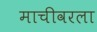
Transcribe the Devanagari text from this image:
माचीवरला